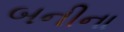
બનીના